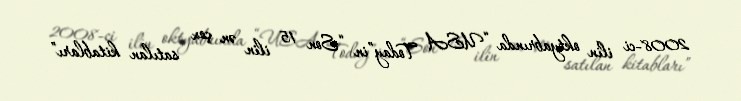
2008-ci ilin oktyabrında “USA Today”in “Son 15 ilin ən çox satılan kitabları”